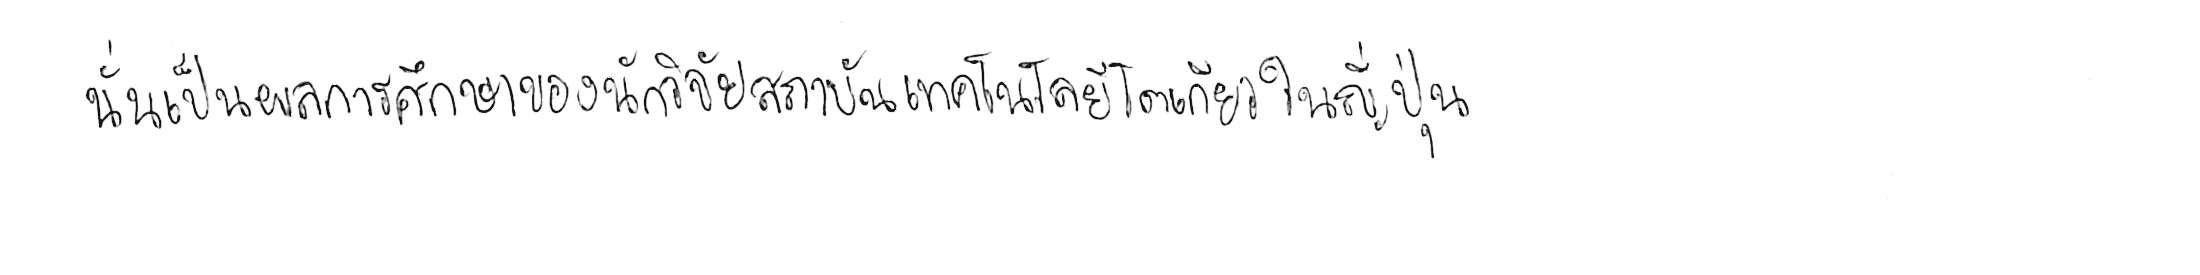
นั่นเป็นผลการศึกษาของนักวิจัยสถาบันเทคโนโลยีโตเกียว ในญี่ปุ่น